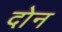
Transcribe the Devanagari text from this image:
दाेन